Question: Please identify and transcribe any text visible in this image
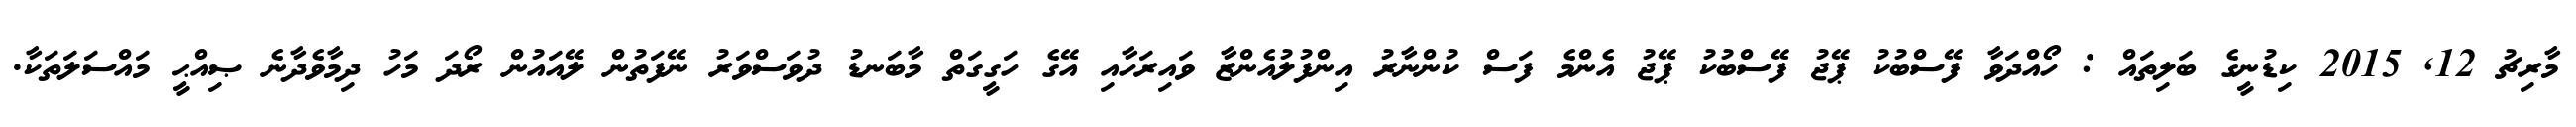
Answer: މާރިޗު 12, 2015 ކިޑުނީގެ ބަލިތައް : ހޯއްދަވާ ފޭސްބުކު ޕޭޖު ފޭސްބުކު ޕޭޖު އެންމެ ފަސް ކުންނާރު އިންފުލުއެންޒާ ވައިރަހާއި އޭގެ ހަގީގަތް މާބަނޑު ދުވަސްވަރު ނޭފަތުން ލޭއައުން ރޯދަ މަހު ދިމާވެދާނެ ޞިއްޙީ މައްސަލަތަކާ.